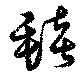
毯